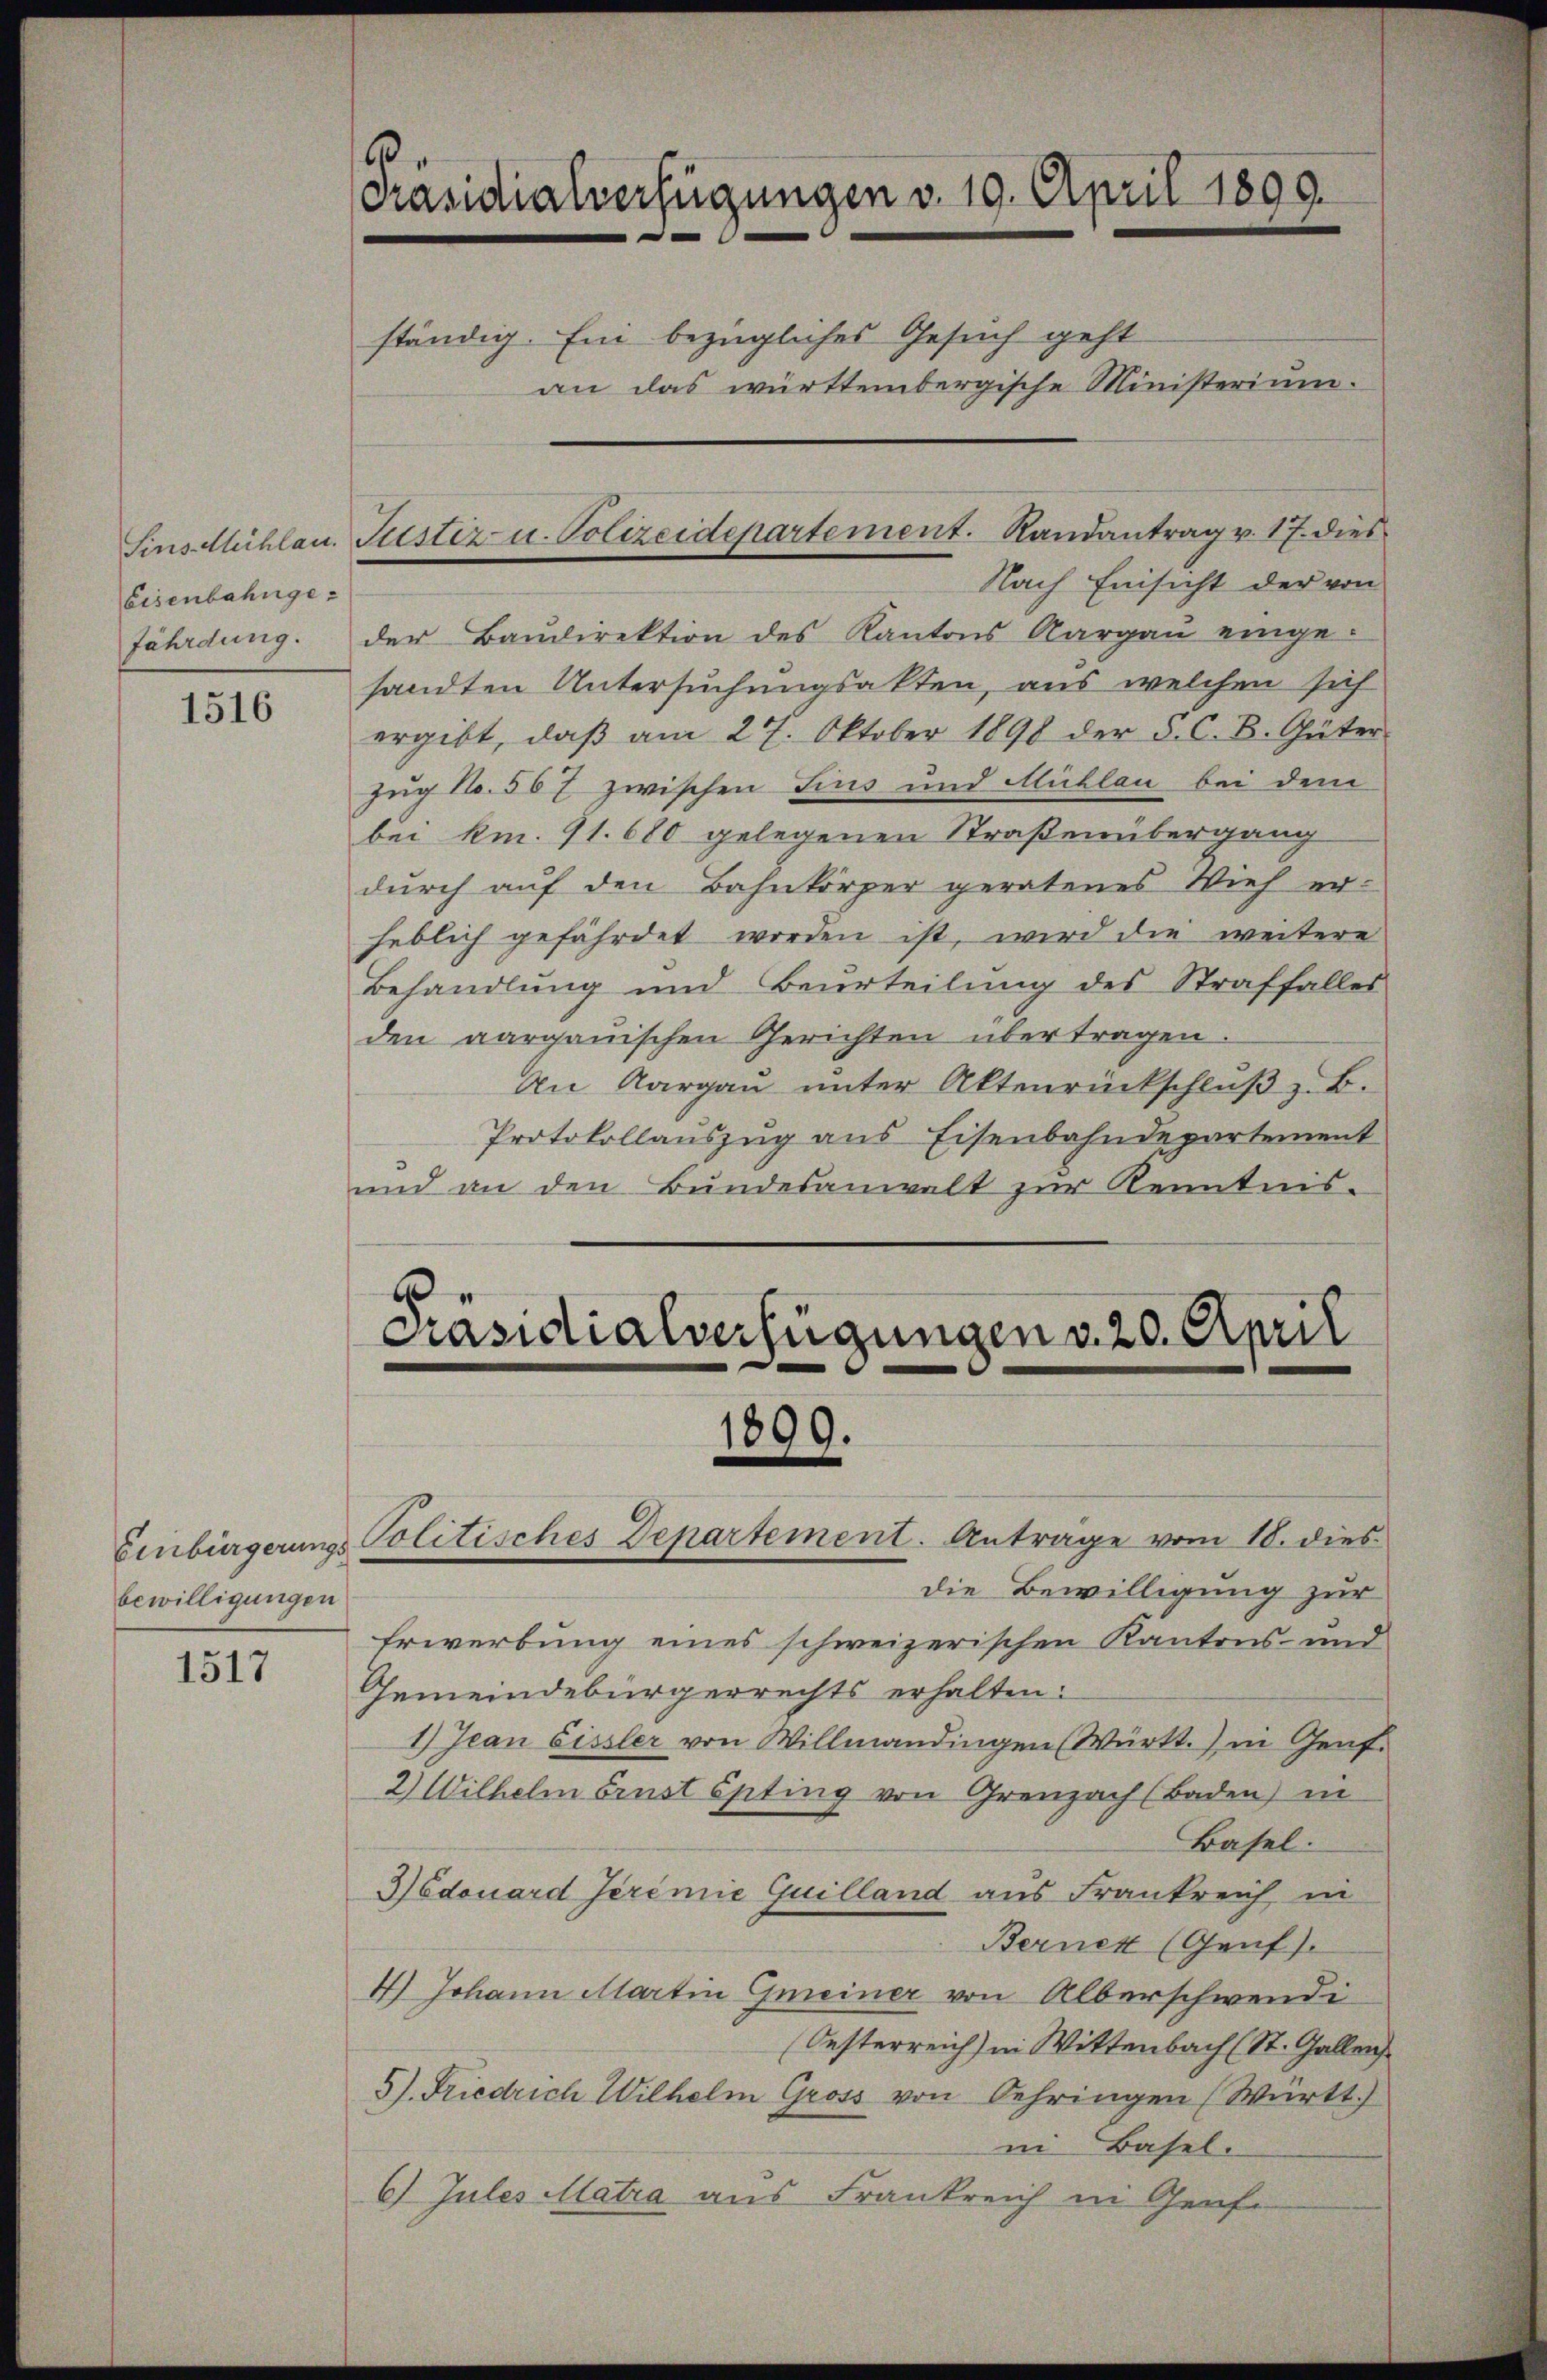
Eisenbahnge¬

1516

bewilligungen

1517

Präsidialverfügungen v. 19. April 1890.

ständig. Ein bezügliches Gesuch geht
an das württembergische Ministerium.

Nach Einsicht der von
fährdung. der Baŭdirektion des Kantons Aargaŭ einge-
sandten Untersuchungsakten, aus welchen sich
ergibt, daβ am 27. Oktober 1890 der §. C. B. Güter
Zug 1. 507 zwischen Fins und Mühlau bei dem
bei km. 11. 680 gelegenen Straßenübergang
durch auf den Bahnkörper geratenes Vieh er-
heblich gefährdet worden ist, wird die weitere
Behandlung und Beurteilung des Straffalles
den aargauischen Gerichten übertragen.
An Aargau unter Aktenrückschlŭβ z. B.
Protokollauszug aus Eisenbahndepartement
und an den Bundesanwalt zur Kenntnis-
u
Präsidialverfügungen v. 20. April

Sins Mühlen. Justiz u. Polizeidepartement. Randantrag v. 17. dies

1899.
Einbürgerungs- Politisches Departement. Anträge vom 18. dies

die Bewilligung zur
Erwerbung eines schweizerischen Kantons- und
Gemeindebürgerrechts erhalten.
1) Jean Eissler von Willmandingen (Württ. in Genf.
2.) Wilhelm Brust Spting von Greuzach (Baden) in
Basel.
Hodouard Jeremie Guilland aus Frankreich in
Bernen (Genf).
4) Johann Martin Gmeiner von Alberschwendi
Oesterreich) in Wittenbach (St. Gallen
5). Friedrich Wilhelm Gross von Gehringen (Württ.)
ni Basel.
6) Jules Matra aus Frankreich in Genfe